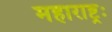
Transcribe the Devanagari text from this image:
महाराष्ट्रः